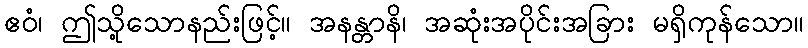
ဧဝံ၊ ဤသို့သောနည်းဖြင့်။ အနန္တာနိ၊ အဆုံးအပိုင်းအခြား မရှိကုန်သော။